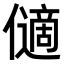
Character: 𠐝